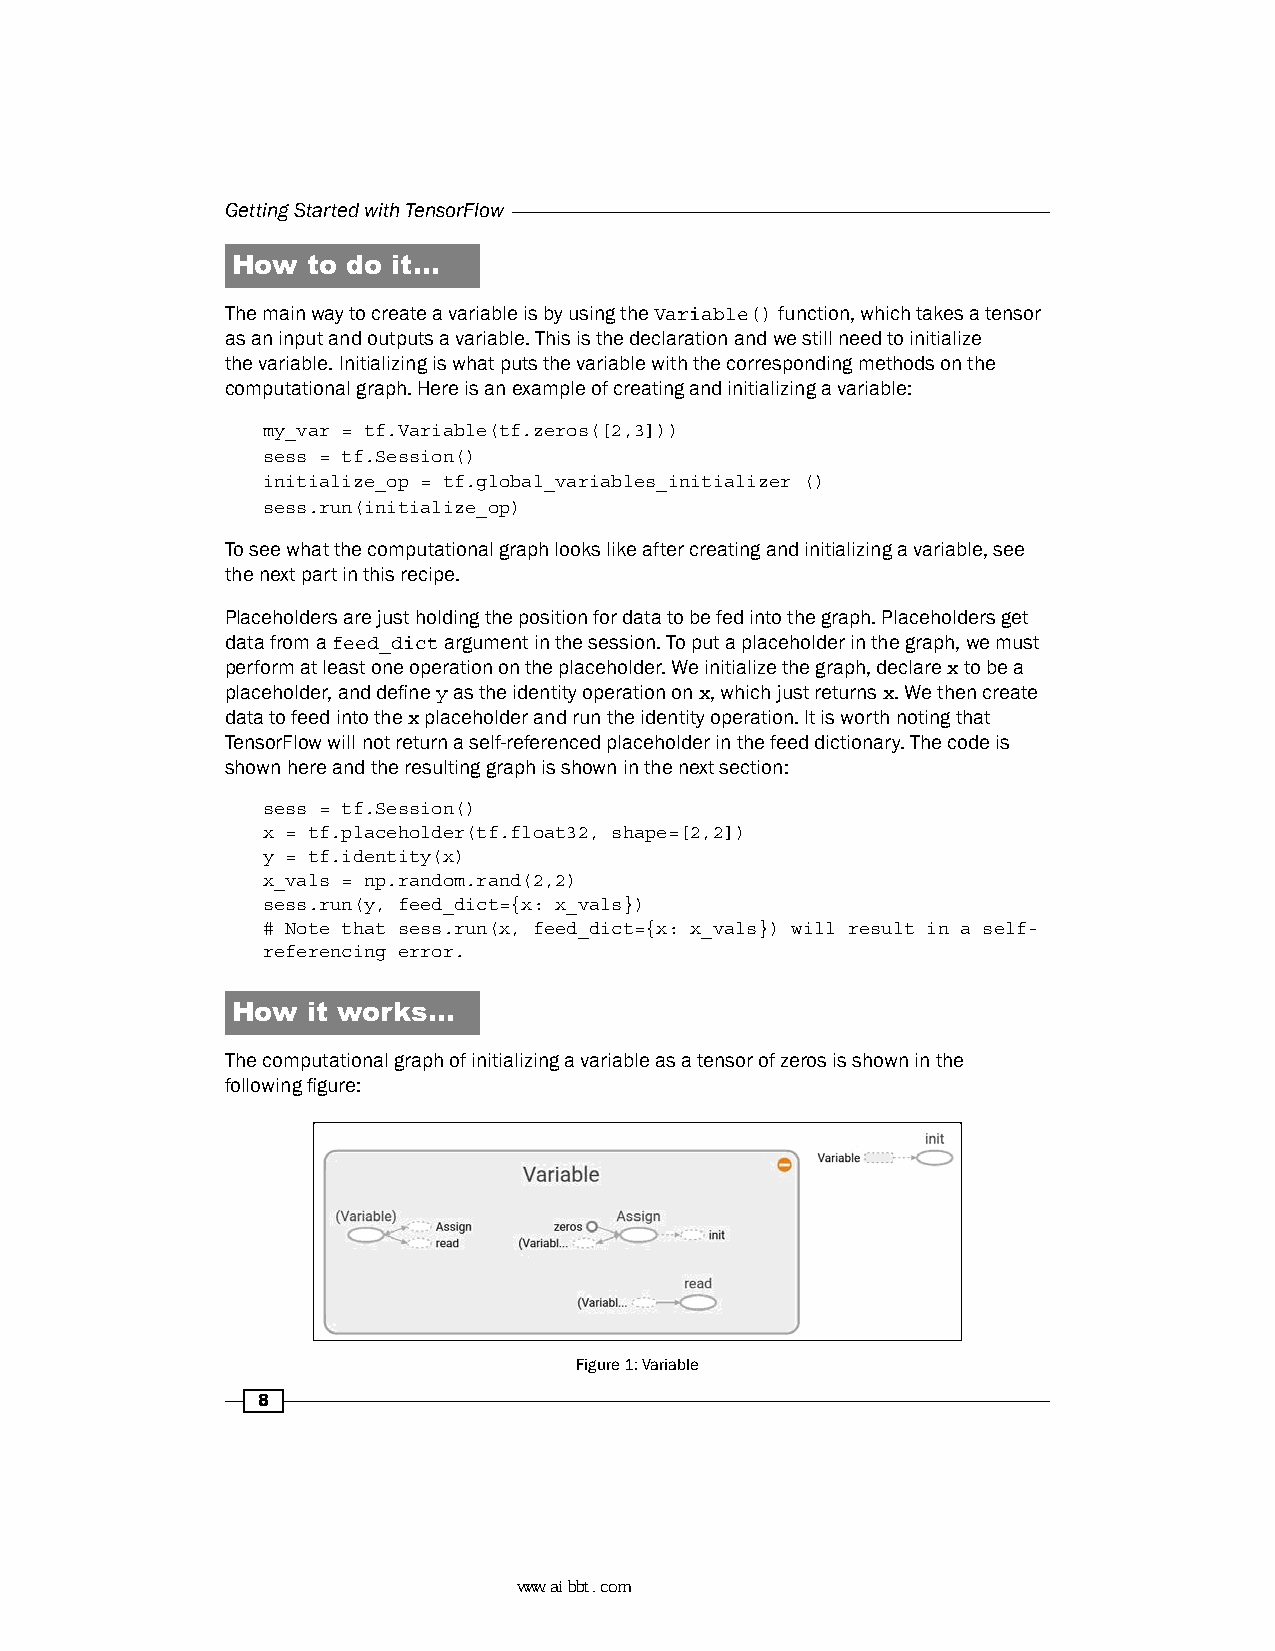
Getting Started with TensorFlow
 How  to do it…
 The main way to create a variable is by using the Variable() function, which takes a tensor
 as an input and outputs a variable. This is the declaration and we still need to initialize
 the variable. Initializing is what puts the variable with the corresponding methods on the
 computational graph. Here is an example of creating and initializing a variable:
 my_var = tf.Variable(tf.zeros([2,3]))
 sess = tf.Session()
 initialize_op = tf.global_variables_initializer ()
 sess.run(initialize_op)
 To see what the computational graph looks like after creating and initializing a variable, see
 the next part in this recipe.
 Placeholders are just holding the position for data to be fed into the graph. Placeholders get
 data from a feed_dict argument in the session. To put a placeholder in the graph, we must
 perform at least one operation on the placeholder. We initialize the graph, declare x to be a
 placeholder, and define y as the identity operation on x, which just returns x. We then create
 data to feed into the x placeholder and run the identity operation. It is worth noting that
 TensorFlow will not return a self-referenced placeholder in the feed dictionary. The code is
 shown here and the resulting graph is shown in the next section:
 sess = tf.Session()
 x = tf.placeholder(tf.float32, shape=[2,2])
 y = tf.identity(x)
 x_vals = np.random.rand(2,2)
 sess.run(y, feed_dict={x: x_vals})
 # Note that sess.run(x, feed_dict={x: x_vals}) will result in a self-
 referencing error.
 How  it works…
 The computational graph of initializing a variable as a tensor of zeros is shown in the
 following figure:
 Figure 1: Variable
 8
 www.aibbt.com 让未来触手可及